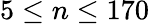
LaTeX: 5\leq n\leq 170